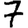
Digit: 7